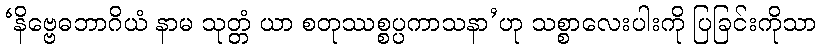
‘နိဗ္ဗေဓဘာဂိယံ နာမ သုတ္တံ ယာ စတုဿစ္စပ္ပကာသနာ’ဟု သစ္စာလေးပါးကို ပြခြင်းကိုသာ